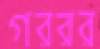
গররর